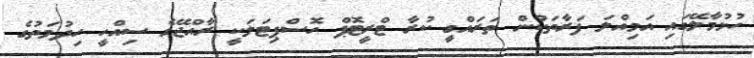
ހުޅުމާލޭގައި އަމިއްލަ ފަރާތަކުން ތަރައްގީ ކުރާ ޓްރީޓޮޕް ހޮސްޕިޓަލަކީ ރާއްޖޭގެ ސިއްހީ ހިދުމަތުގެ